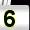
Digit: 5